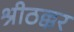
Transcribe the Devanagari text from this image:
श्रीठक्कर